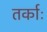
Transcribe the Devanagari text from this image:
तर्काः